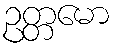
ဥတ္တမော